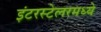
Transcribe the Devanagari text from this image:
इंटरस्टेलरमध्ये